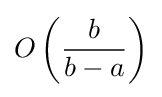
O\left({\frac {b}{b-a}}\right)